Report of the Indian Hemp Drugs Commission, 1894-1895 - Volume I
Year: 1894
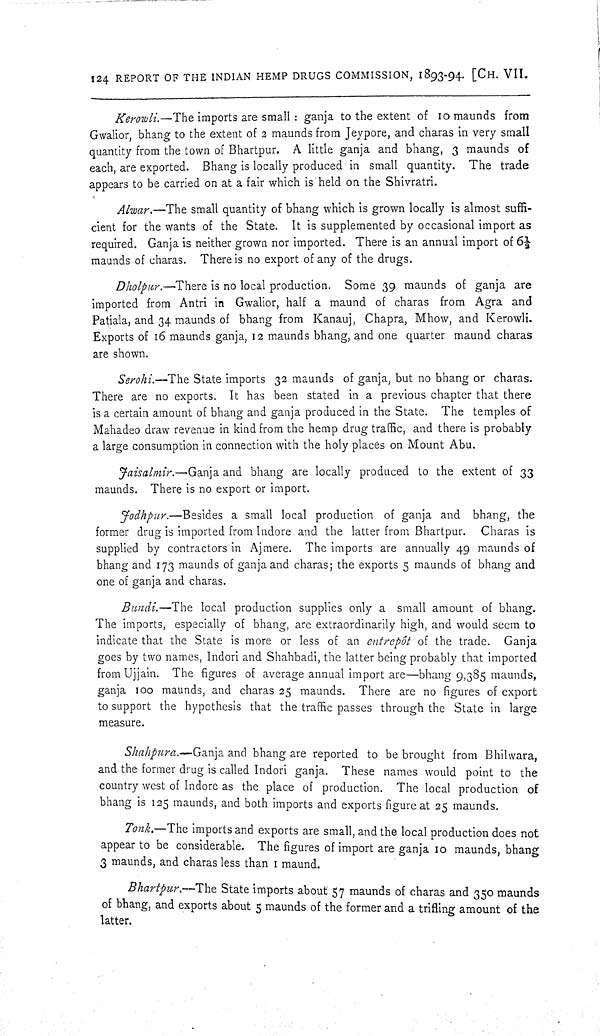
124 REPORT OF THE INDIAN HEMP DRUGS COMMISSION, 1893-94. [CH. VII.
Kerowli.—The imports are small: ganja to the extent of 10 maunds from
Gwalior, bhang to the extent of 2 maunds from Jeypore, and charas in very small
quantity from the town of Bhartpur. A little ganja and bhang, 3 maunds of
each, are exported. Bhang is locally produced in small quantity. The trade
appears to be carried on at a fair which is held on the Shivratri.
Alwar.—The small quantity of bhang which is grown locally is almost suffi-
cient for the wants of the State. It is supplemented by occasional import as
required. Ganja is neither grown nor imported. There is an annual import of 61/2
maunds of charas. There is no export of any of the drugs.
Dholpur.—There is no local production. Some 39 maunds of ganja are
imported from Antri in Gwalior, half a maund of charas from Agra and
Patiala, and 34 maunds of bhang from Kanauj, Chapra, Mhow, and Kerowli.
Exports of 16 maunds ganja, 12 maunds bhang, and one quarter maund charas
are shown.
Serohi.—The State imports 32 maunds of ganja, but no bhang or charas.
There are no exports. It has been stated in a previous chapter that there
is a certain amount of bhang and ganja produced in the State. The temples of
Mahadeo draw revenue in kind from the hemp drug traffic, and there is probably
a large consumption in connection with the holy places on Mount Abu.
Jaisalmir.-Ganja and bhang are locally produced to the extent of 33
maunds. There is no export or import.
Jodhpur.—Besides a small local production of ganja and bhang, the
former drug is imported from Indore and the latter from Bhartpur. Charas is
supplied by contractors in Ajmere. The imports are annually 49 maunds of
bhang and 173 maunds of ganja and charas; the exports 5 maunds of bhang and
one of ganja and charas.
Bundi.—The local production supplies only a small amount of bhang.
The imports, especially of bhang, are extraordinarily high, and would seem to
indicate that the State is more or less of an entrepôt of the trade. Ganja
goes by two names, Indori and Shahbadi, the latter being probably that imported
from Ujjain. The figures of average annual import are—bhang 9,385 maunds,
ganja 100 maunds, and charas 25 maunds. There are no figures of export
to support the hypothesis that the traffic passes through the State in large
measure.
Shahpura.—Ganja and bhang are reported to be brought from Bhilwara,
and the former drug is called Indori ganja. These names would point to the
country west of Indore as the place of production. The local production of
bhang is 125 maunds, and both imports and exports figure at 25 maunds.
Tonk.—The imports and exports are small, and the local production does not
appear to be considerable. The figures of import are ganja 10 maunds, bhang
3 maunds, and charas less than I maund.
Bhartpur.—The State imports about 57 maunds of charas and 350 maunds
of bhang, and exports about 5 maunds of the former and a trifling amount of the
latter.